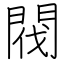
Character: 閥